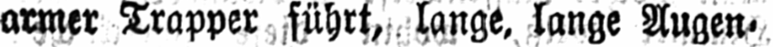
armer Trapper führt, lange, lange Augen⸗